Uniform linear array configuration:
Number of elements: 4
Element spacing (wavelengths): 0.75
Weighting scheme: binomial
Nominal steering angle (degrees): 45
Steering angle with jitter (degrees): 44.399
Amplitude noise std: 0.05
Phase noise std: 0.05

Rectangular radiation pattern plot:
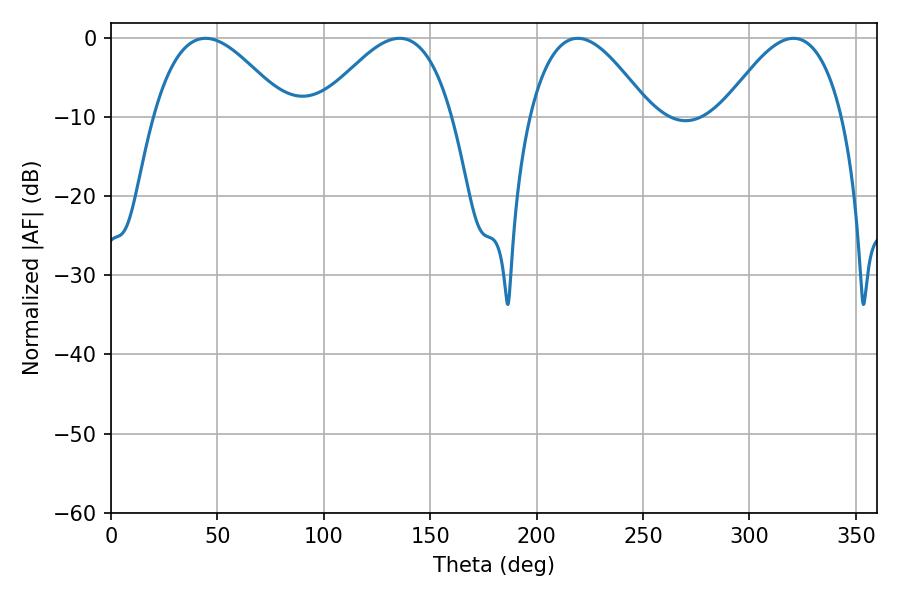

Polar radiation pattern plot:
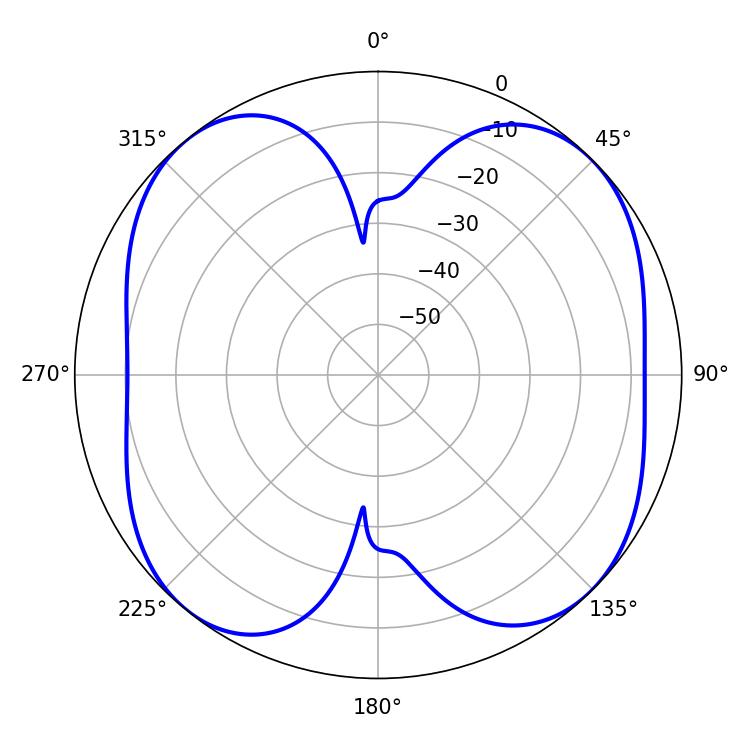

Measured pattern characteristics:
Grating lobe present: TRUE
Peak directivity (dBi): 10.952
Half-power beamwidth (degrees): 34.02
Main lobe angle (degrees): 44.46